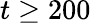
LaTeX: t\ge 200